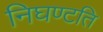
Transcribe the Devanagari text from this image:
निघण्टति